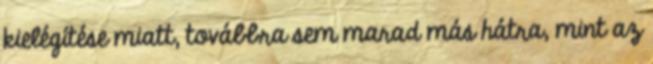
kielégítése miatt, továbbra sem marad más hátra, mint az